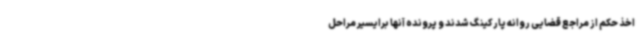
اخذ حکم از مراجع قضایی روانه پارکینگ شدند و پرونده آنها برایسیر مراحل